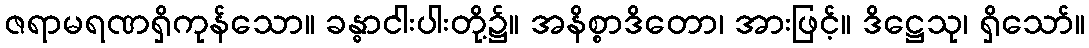
ဇရာမရဏရှိကုန်သော။ ခန္ဓာငါးပါးတို့၌။ အနိစ္စာဒိတော၊ အားဖြင့်။ ဒိဋ္ဌေသု၊ ရှိသော်။